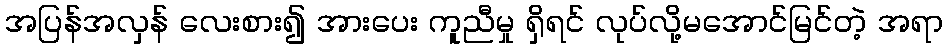
အပြန်အလှန် လေးစား၍ အားပေး ကူညီမှု ရှိရင် လုပ်လို့မအောင်မြင်တဲ့ အရာ